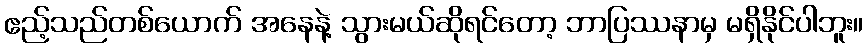
ဧည့်သည်တစ်ယောက် အနေနဲ့ သွားမယ်ဆိုရင်တော့ ဘာပြဿနာမှ မရှိနိုင်ပါဘူး။